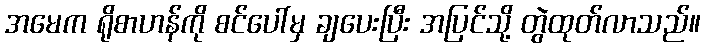
အမေက ရိုစာဟန်ကို စင်ပေါ်မှ ချပေးပြီး အပြင်သို့ တွဲထုတ်လာသည်။